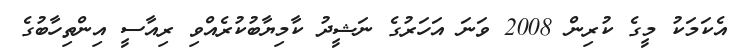
އެކަމަކު މީގެ ކުރިން 2008 ވަނަ އަހަރުގެ ނަޝީދު ކާމިޔާބުކުރެއްވި ރިއާސީ އިންތިހާބުގެ